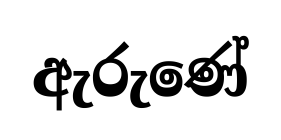
ඇරුණේ